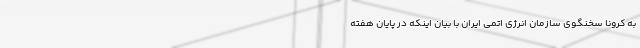
به کرونا سخنگوی سازمان انرژی اتمی ایران با بیان اینکه در پایان هفته